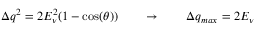
\Delta q ^ { 2 } = 2 E _ { \nu } ^ { 2 } ( 1 - \cos ( \theta ) ) \qquad \rightarrow \qquad \Delta q _ { m a x } = 2 E _ { \nu }